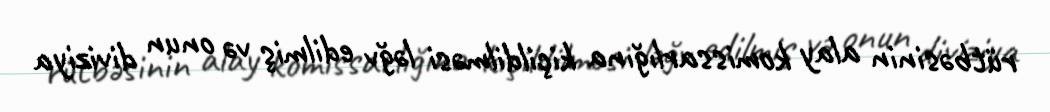
rütbəsinin alay komissarlığına kiçildilməsi ləğv edilmiş və onun diviziya